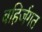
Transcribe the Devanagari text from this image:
बहिर्जगत